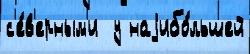
с'е́в'ерным'и  у наjибо́льшей